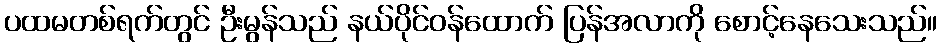
ပထမတစ်ရက်တွင် ဦးမွန်သည် နယ်ပိုင်ဝန်ထောက် ပြန်အလာကို စောင့်နေသေးသည်။